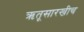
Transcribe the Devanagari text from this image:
ऋतूसारखीच